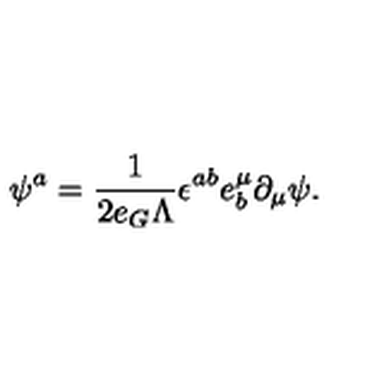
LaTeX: \psi ^ { a } = \frac { 1 } { 2 e _ { G } \Lambda } \epsilon ^ { a b } e _ { b } ^ { \mu } \partial _ { \mu } \psi .